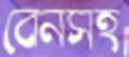
বেনসহ